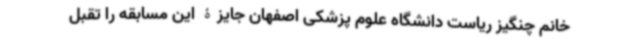
خانم چنگیز ریاست دانشگاه علوم پزشکی اصفهان جایزۀ این مسابقه را تقبل